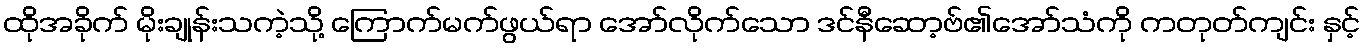
ထိုအခိုက် မိုးချုန်းသကဲ့သို့ ကြောက်မက်ဖွယ်ရာ အော်လိုက်သော ဒင်နီဆော့ဗ်၏အော်သံကို ကတုတ်ကျင်း နှင့်